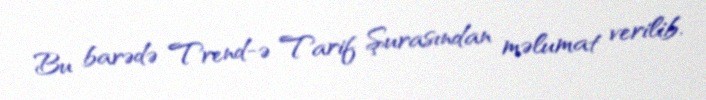
Bu barədə Trend-ə Tarif Şurasından məlumat verilib.